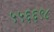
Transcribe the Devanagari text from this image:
५५६६९८